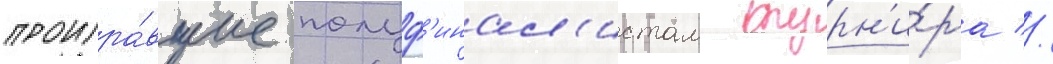
проигра́вшие полуф'инал'истам турн'и́ра //